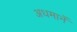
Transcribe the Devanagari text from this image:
अधमानें